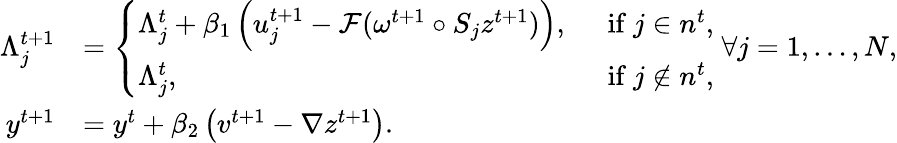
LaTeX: \begin{array}{rl}{\Lambda_{j}^{t+1}}&{=\left\{ \begin{array}{ll}{\Lambda_{j}^{t}+\beta_{1}\left(u_{j}^{t+1}-\mathcal{F}(\omega^{t+1}\circ S_{j}z^{t+1})\right),\; }&{\mathrm{~if~}j\in n^{t},}\\ {\Lambda_{j}^{t},\; }&{\mathrm{~if~}j\not\in n^{t},}\end{array}\right.\; \forall j=1,\ldots,N,}\\ {y^{t+1}}&{=y^{t}+\beta_{2}\left(v^{t+1}-\nabla z^{t+1}\right).}\end{array}